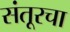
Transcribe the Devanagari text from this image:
संतूरचा